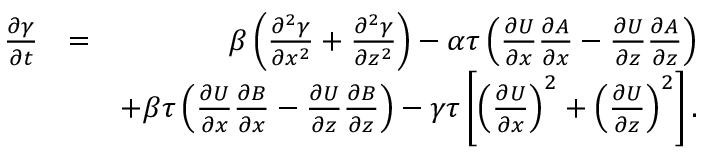
\begin{array} { r l r } { \frac { \partial \gamma } { \partial t } } & { = } & { \beta \left( { \frac { \partial ^ { 2 } \gamma } { \partial x ^ { 2 } } + \frac { \partial ^ { 2 } \gamma } { \partial z ^ { 2 } } } \right) - \alpha \tau \left( { \frac { \partial U } { \partial x } \frac { \partial A } { \partial x } - \frac { \partial U } { \partial z } \frac { \partial A } { \partial z } } \right) } \\ & { } & { + \beta \tau \left( { \frac { \partial U } { \partial x } \frac { \partial B } { \partial x } - \frac { \partial U } { \partial z } \frac { \partial B } { \partial z } } \right) - \gamma \tau \left[ { \left( { \frac { \partial U } { \partial x } } \right) ^ { 2 } + \left( { \frac { \partial U } { \partial z } } \right) ^ { 2 } } \right] . } \end{array}